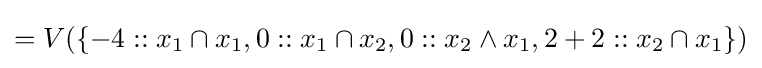
=V(\{-4::x_{1}\cap x_{1},0::x_{1}\cap x_{2},0::x_{2}\land x_{1},2+2::x_{2}\cap x_{1}\})